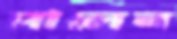
পালেন